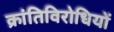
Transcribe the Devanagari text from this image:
क्रांतिविरोधियों